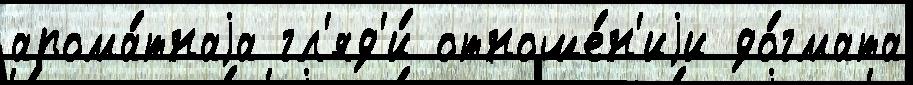
арома́тнаjа гл'яд'и́ отноше́н'иjи до́гмата